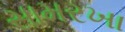
સામરખા